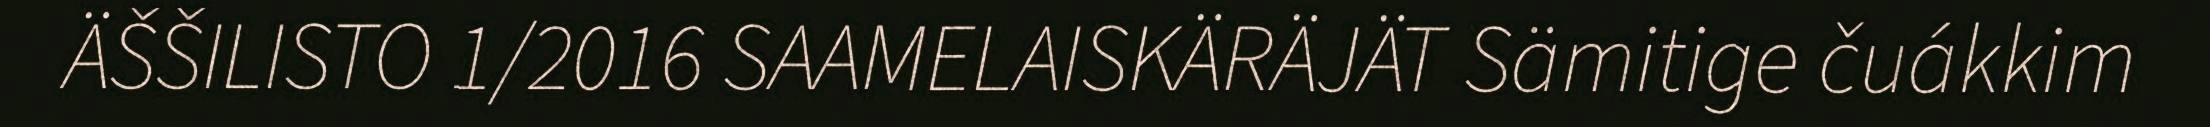
ÄŠŠILISTO 1/2016 SAAMELAISKÄRÄJÄT Sämitige čuákkim